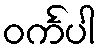
ဝင်္ကပါ